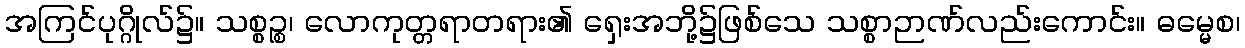
အကြင်ပုဂ္ဂိုလ်၌။ သစ္စဉ္စ၊ လောကုတ္တရာတရား၏ ရှေးအဘို့၌ဖြစ်သေ သစ္စာဉာဏ်လည်းကောင်း။ ဓမ္မေစ၊